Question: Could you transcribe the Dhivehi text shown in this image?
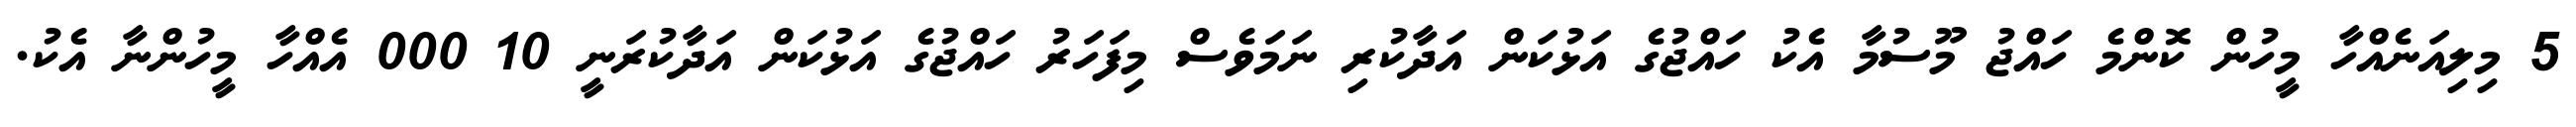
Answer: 5 މިލިއަނެއްހާ މީހުން ކޮންމެ ހައްޖު މޫސުމާ އެކު ހައްޖުގެ އަޅުކަން އަދާކުރި ނަމަވެސް މިފަހަރު ހައްޖުގެ އަޅުކަން އަދާކުރަނީ 10 000 އެއްހާ މީހުންނާ އެކު.